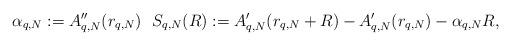
LaTeX: \begin{align*}\alpha_{q,N}:=A''_{q,N}(r_{q,N})~~S_{q,N}(R):=A'_{q,N}(r_{q,N}+R)-A'_{q,N}(r_{q,N})-\alpha_{q,N}R,\end{align*}